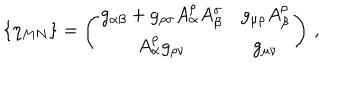
\{ \eta _ { M N } \} = \left( \begin{array} { c c } { { g _ { \alpha \beta } + g _ { \rho \sigma } A _ { \alpha } ^ { \rho } A _ { \beta } ^ { \sigma } } } & { { g _ { \mu \rho } A _ { \beta } ^ { \rho } } } \\ { { A _ { \alpha } ^ { \rho } g _ { \rho \nu } } } & { { g _ { \mu \nu } } } \\ \end{array} \right) \, ,